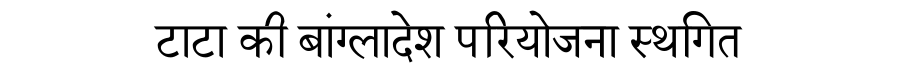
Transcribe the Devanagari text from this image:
टाटा की बांग्लादेश परियोजना स्थगित